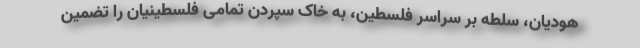
هودیان، سلطه بر سراسر فلسطین، به خاک سپردن تمامی فلسطینیان را تضمین